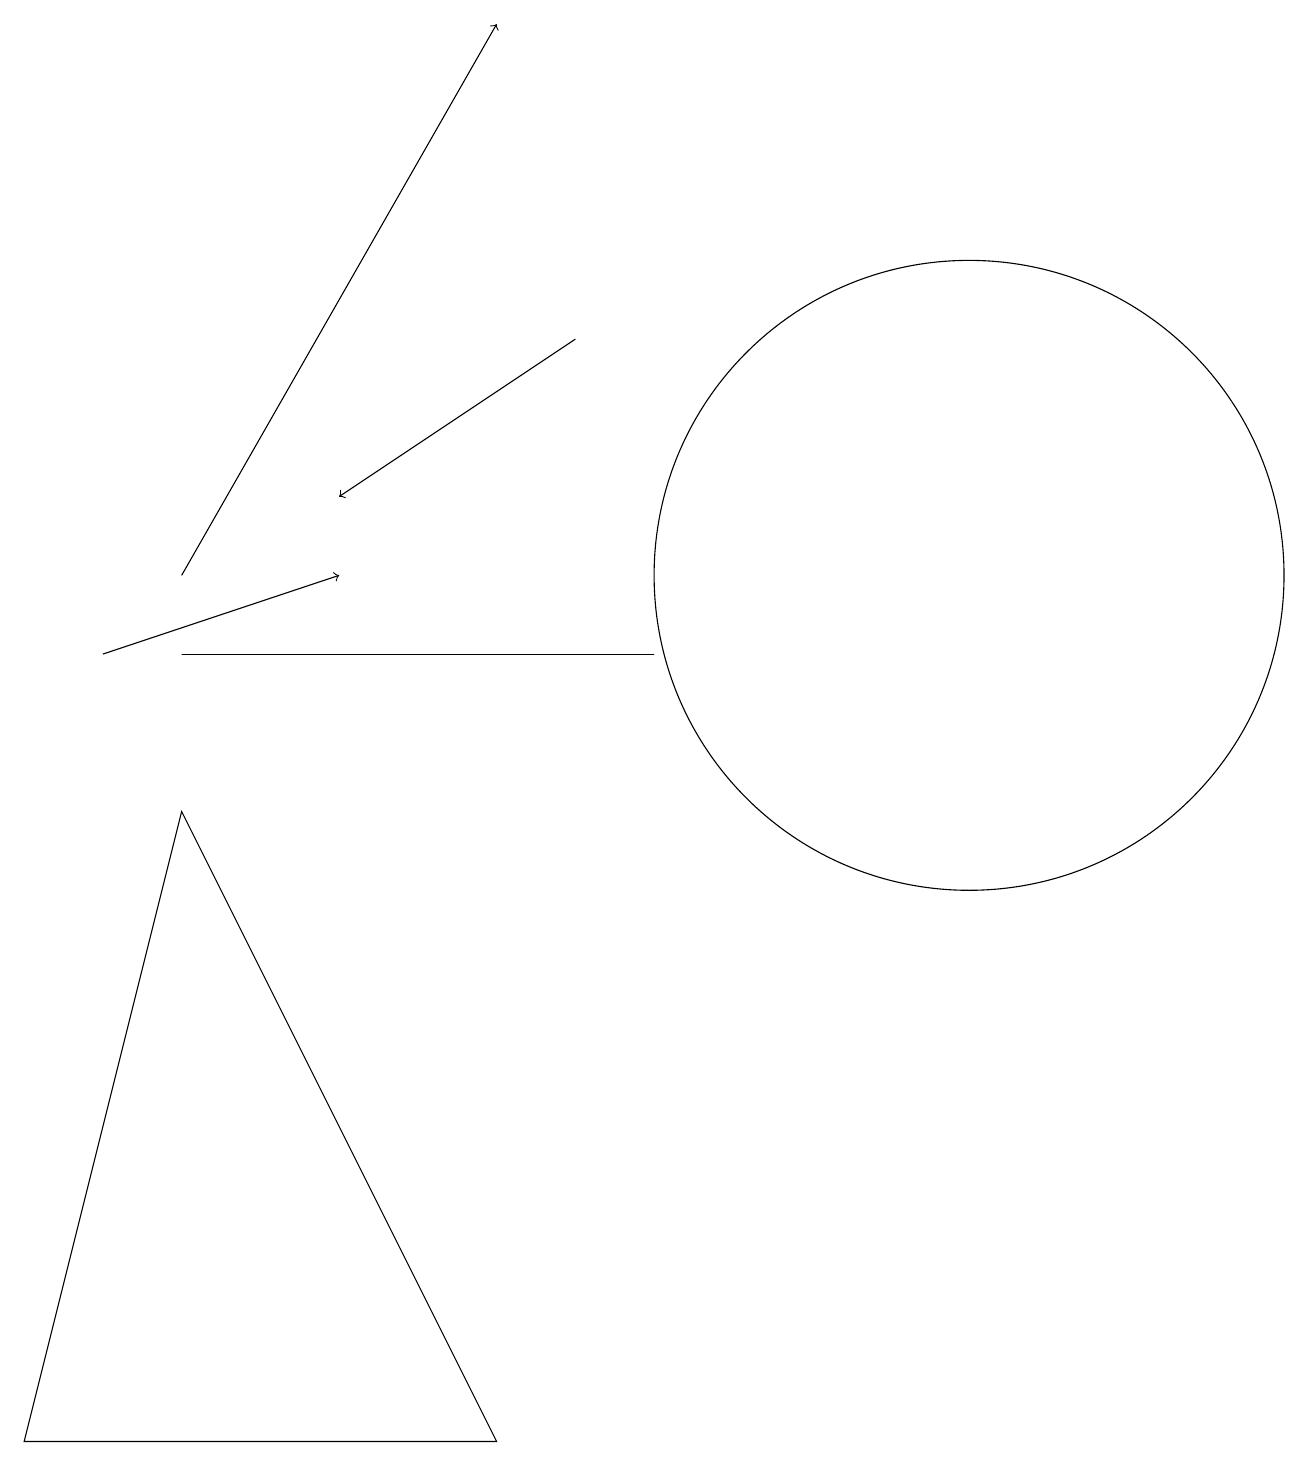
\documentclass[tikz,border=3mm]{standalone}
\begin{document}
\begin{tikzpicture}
\draw (8,11) rectangle (2,11);
\draw (12,12) circle (4);
\draw (2,9) -- (0,1) -- (6,1) -- cycle;
\draw[->] (7,15) -- (4,13);
\draw[->] (2,12) -- (6,19);
\draw[->] (1,11) -- (4,12);
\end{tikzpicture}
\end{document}